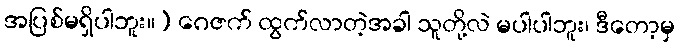
အပြစ်မရှိပါဘူး။) ဂေဇက် ထွက်လာတဲ့အခါ သူတို့လဲ မပါပါဘူး၊ ဒီတော့မှ